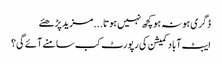
ڈگری ہو نہ ہو کچھ نہیں ہوتا...	مزید پڑھئے
ایبٹ آباد کمیشن کی رپورٹ کب سامنے آئے گی؟